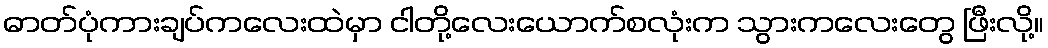
ဓာတ်ပုံကားချပ်ကလေးထဲမှာ ငါတို့လေးယောက်စလုံးက သွားကလေးတွေ ဖြီးလို့။